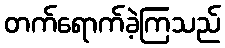
တက်ရောက်ခဲ့ကြသည်